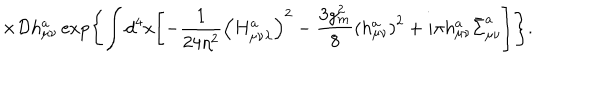
LaTeX: \times { \cal D } h _ { \mu \nu } ^ { a } \exp \Biggl \{ \int d ^ { 4 } x \Biggl [ - \frac { 1 } { 2 4 \eta ^ { 2 } } \left( H _ { \mu \nu \lambda } ^ { a } \right) ^ { 2 } - \frac { 3 g _ { m } ^ { 2 } } { 8 } \left( h _ { \mu \nu } ^ { a } \right) ^ { 2 } + i \pi h _ { \mu \nu } ^ { a } \bar { \Sigma } _ { \mu \nu } ^ { a } \Biggr ] \Biggr \} .